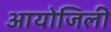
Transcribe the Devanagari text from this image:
आयोजिली